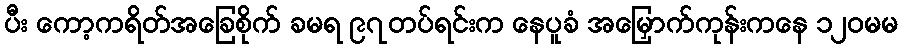
ပီး ကော့ကရိတ်အခြေစိုက် ခမရ ၉၇တပ်ရင်းက နေပူခံ အမြှောက်ကုန်းကနေ ၁၂၀မမ